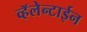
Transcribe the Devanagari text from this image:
व्हॅलेन्टाईन